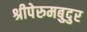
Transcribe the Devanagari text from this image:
श्रीपेरुमबुदुर